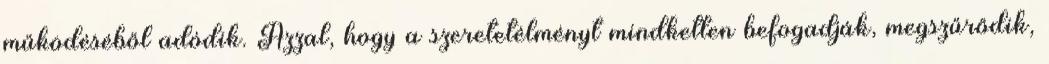
működéséből adódik. Azzal, hogy a szeretetélményt mindketten befogadják, megszűrődik,